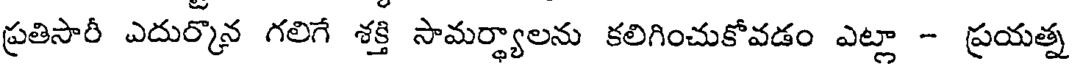
ప్రతిసారీ ఎదుర్కొన గలిగే శక్తి సామర్థ్యాలను కలిగించుకోవడం ఎట్లా - ప్రయత్న